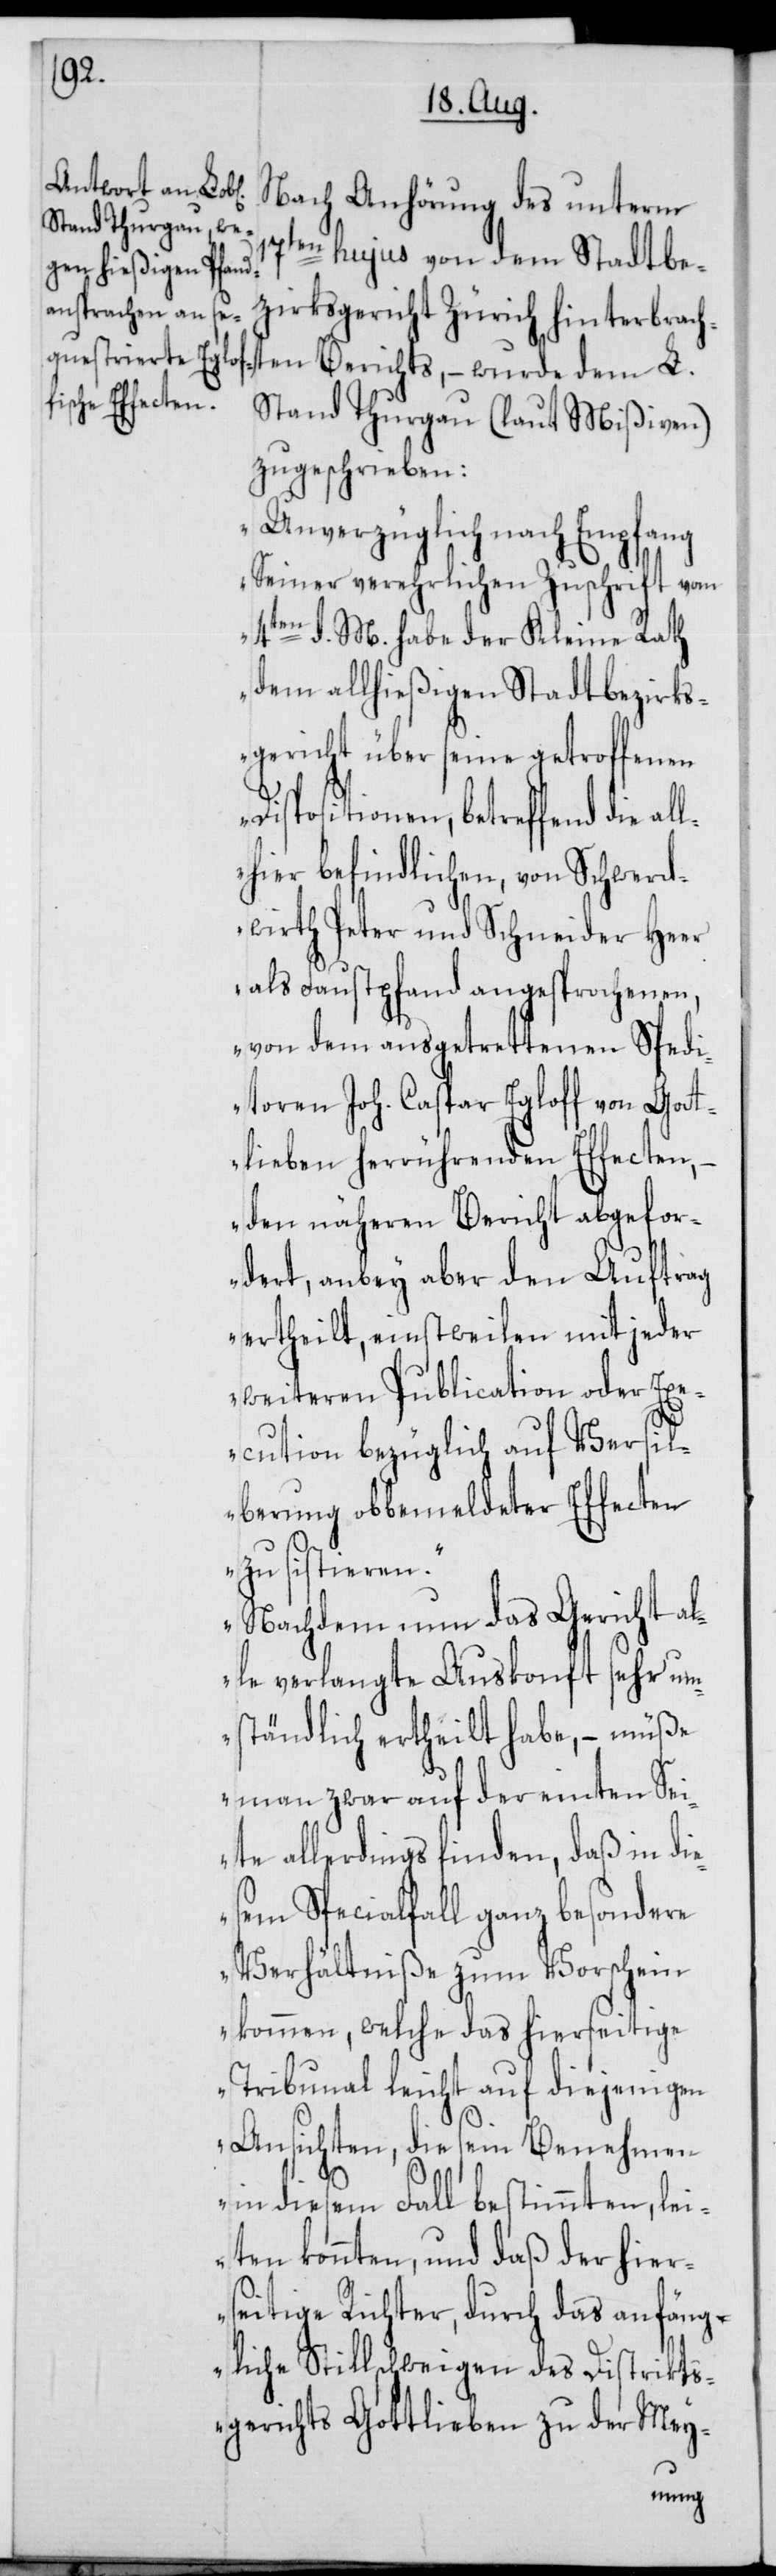
Nach Anhörung des unterm
17ten hujus von dem Stadtbe¬
zirksgericht Zürich hinterbrach¬
ten Berichts, – wurde dem L.
Stand Thurgau (laut Mißiven)
zugeschrieben:
„Unverzüglich nach Empfang
Seiner verehrlichen Zuschrift vom
4ten d. M. habe der Kleine Rath
dem allhießigen Stadtbezirks¬
gericht über seine getroffenen
Dispositionen, betreffend die al¬
lhier befindlichen, von Schwerd¬
wirth Peter und Schneider Heer
als Faustpfand angesprochenen,
von dem ausgetrettenen Spedi¬
toren Joh. Caspar Egloff von Got¬
tlieben herrührenden Effecten,
den näheren Bericht abgefor¬
dert, anbey aber den Auftrag
ertheilt, einstweilen mit jeder
weiteren Publication oder Exe¬
cution bezüglich auf Versi¬
lberung obbemeldeter Effecten
zu sistieren.
Nachdem nun das Gericht al¬
le verlangte Auskonft sehr um¬
ständlich ertheilt habe, – müße
man zwar auf der einten Sei¬
te allerdings finden, daß in di¬
esem Spezialfall ganz besondere
Verhältniße zum Vorschein
kommen, welche das hierseitige
Tribunal leicht auf diejenigen
Ansichten, die sein Benehmen
in diesem Fall bestimmten, lei¬
ten könnten, und daß der hier¬
seitige Richter, durch das anfäng¬
liche Stillschweigen des Distrikts¬
gerichts Gottlieben zu der Mey-